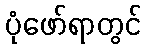
ပုံဖော်ရာတွင်